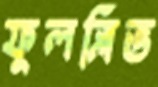
ফুলস্লিভ